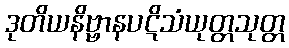
ဒုတိယနိဗ္ဗာနပဋိသံယုတ္တသုတ္တ